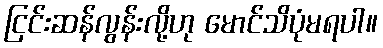
ငြင်းဆန်လွန်းလို့ဟု မောင်သိပုံမရပါ။